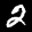
Label: 2